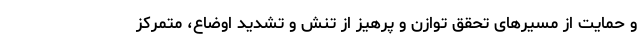
و حمایت از مسیرهای تحقق توازن و پرهیز از تنش و تشدید اوضاع، متمرکز